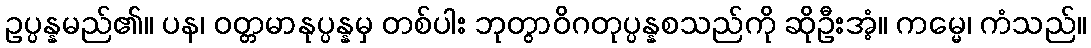
ဥပ္ပန္နမည်၏။ ပန၊ ဝတ္တမာနုပ္ပန္နမှ တစ်ပါး ဘုတွာဝိဂတုပ္ပန္နစသည်ကို ဆိုဦးအံ့။ ကမ္မေ၊ ကံသည်။